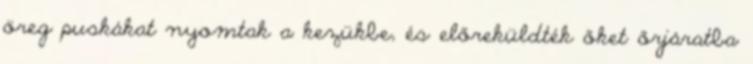
öreg puskákat nyomtak a kezükbe, és előreküldték őket őrjáratba